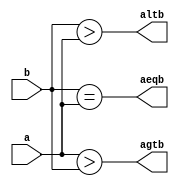
/*
	comparador4b.v
	Comparador de 4 bits revisitado, mas usando operadores lgicos
*/

module comparador4b (a,b,agtb,altb,aeqb);

	input [3:0] a, b;
	output agtb,altb,aeqb;
	
	assign agtb = a > b;
	assign altb = b > a;
	assign aeqb = b == a;

endmodule